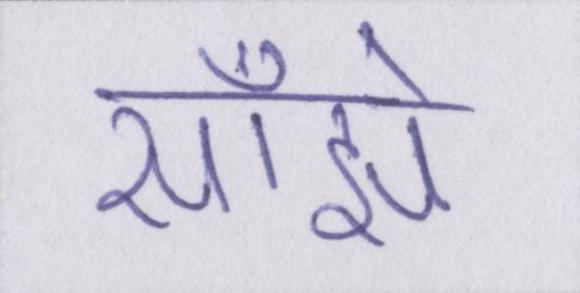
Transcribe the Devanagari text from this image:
साँझे